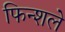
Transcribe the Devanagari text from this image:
फिन्शले